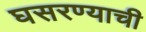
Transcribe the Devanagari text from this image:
घसरण्याची